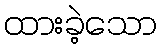
ထားခဲ့သော